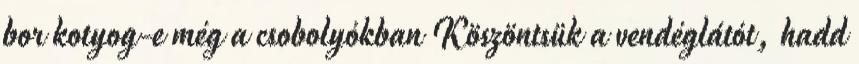
bor kotyog-e még a csobolyókban Köszöntsük a vendéglátót, hadd